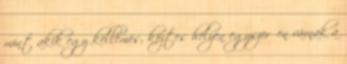
mint akik egy kellemes, köztes helyen egyszerűen várnak a